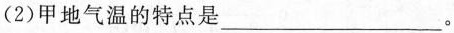
(2)甲地气温的特点是___。